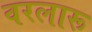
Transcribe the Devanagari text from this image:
वरलारू